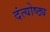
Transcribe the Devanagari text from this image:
दंत्योष्ठ्य